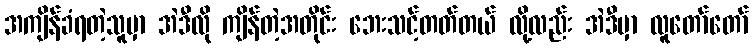
အကျိန်ခံရတဲ့သူမှာ အဲဒီလို ကျိန်တဲ့အတိုင်း ဘေးသင့်တတ်တယ် လို့လည်း အဲဒီမှာ လူတော်တော်